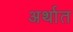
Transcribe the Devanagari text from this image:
अर्थात